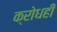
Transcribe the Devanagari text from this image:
क्रोधही